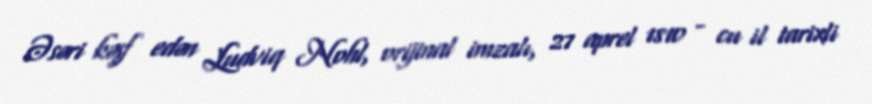
Əsəri kəşf edən Ludviq Nohl, orijinal imzalı, 27 aprel 1810 - cu il tarixli